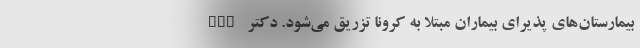
ICU بیمارستان‌های پذیرای بیماران مبتلا به کرونا تزریق می‌شود. دکتر